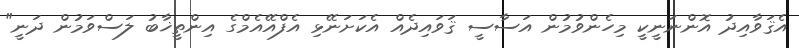
އެޤަވާއިދު އޮންނަނީކީ މިހެންވުމުން އަސާސީ ޤަވައިދެއް އެކަށަނޭޅި އެފްއޭއެމްގެ އިންތީޚާބު ލަސްވަމުން ދަނީ"